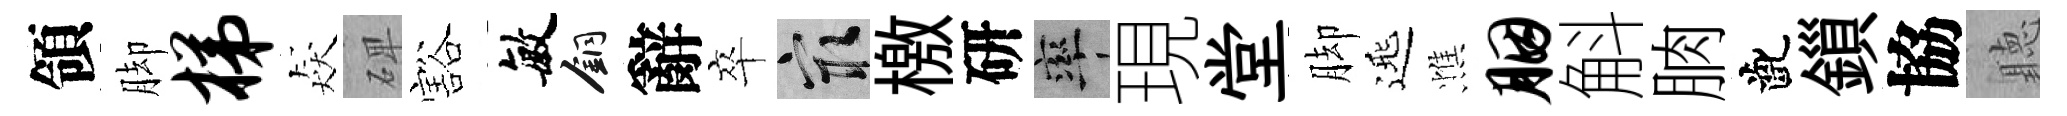
領脚梯猋𥓓豁敏銅辭卒冣檄研率現堂脚𨓱憔胭斛朒齔鎻協聽